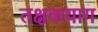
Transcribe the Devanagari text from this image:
तक्षकयाग